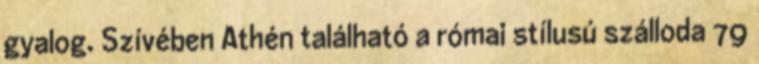
gyalog. Szívében Athén található a római stílusú szálloda 79